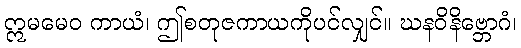
ဣမမေဝ ကာယံ၊ ဤစတုဇကာယကိုပင်လျှင်။ ဃနဝိနိဗ္ဘောဂံ၊